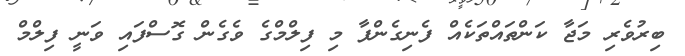
ބިރުވެރި މަޖާ ކަންތައްތަކެއް ފެނިގެންފާ މި ފިލްމްގެ ވެގެން ގޮސްފައި ވަނީ ފިލްމް